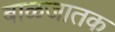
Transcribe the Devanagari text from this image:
बाळजातक